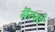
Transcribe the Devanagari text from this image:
सॆरुसी